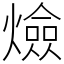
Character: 㷿